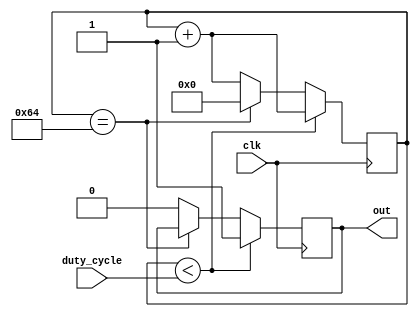
module pwm (
	input clk,
	input[6:0]duty_cycle, // 1 to 100
	output reg out
	);
reg [6:0] count=0;

always @(posedge clk)
if(count < duty_cycle)
begin
	out <= 1;
	count <= count + 1;
end

else if (count == 100) count <= 0;

else 
begin
	out <= 0;
	count <= count + 1;
end

endmodule